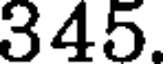
345.